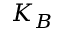
K _ { B }